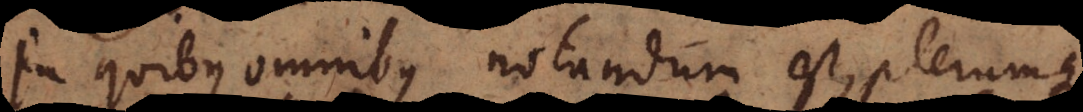
In quibus omnibus notandum est, plerumque